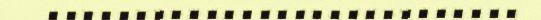
...........................